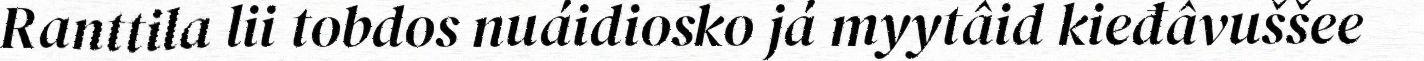
Ranttila lii tobdos nuáidiosko já myytâid kieđâvuššee